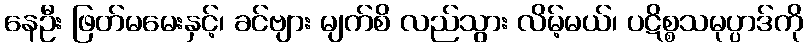
နေဦး ဖြတ်မမေးနှင့်၊ ခင်ဗျား မျက်စိ လည်သွား လိမ့်မယ်၊ ပဋိစ္စသမုပ္ပာဒ်ကို